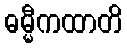
ဓမ္မီကထာတိ